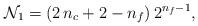
LaTeX: \begin{align*}{\cal N}_1 =(2 \, n_c+2-n_f) \, 2^{n_f-1},\end{align*}